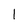
Character: 1